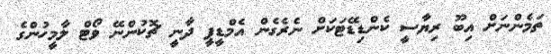
ތަމެންނަަށް އިބޫ ރިޔާސީ ކެންޑިޑޭޓަކަށް ނެރެގެން އެމްޑީޕީ ދާނީ ޗޮކުންނޭ ވޯޓް ލާމީހުންގެ